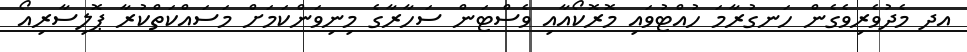
އދ މެދުވެރިވެގެން ހަނގުރާމަ ހުއްޓުވައި މޮރޮކޯއާއި ވެސްޓަން ސަހާރާގެ މިނިވަންކަމަށް މަސައްކަތްކުރާ ޕޮލިސާރިއޯ